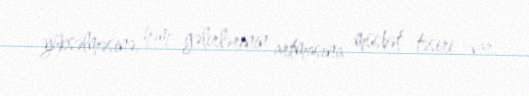
yüksəlməsinə, həm gəlirlərinin artmasına müsbət təsiri var.